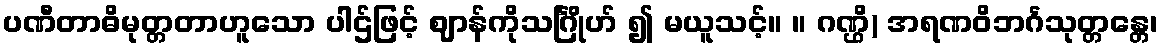
ပဏီတာဓိမုတ္တတာဟူသော ပါဌ်ဖြင့် ဈာန်ကိုသင်္ဂြိုဟ် ၍ မယူသင့်။ ။ ဂဏ္ဌိ) အရဏဝိဘင်္ဂသုတ္တန္တေ၊